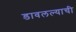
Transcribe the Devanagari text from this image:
डावलल्याची